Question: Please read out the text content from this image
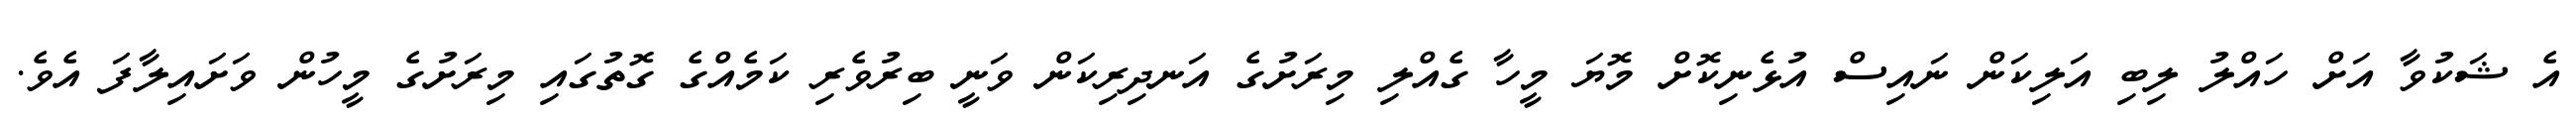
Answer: އެ ޝަކުވާ އަށް ހައްލު ލިބި އަލިކަން ނައިސް އުޅެނިކޮށް މޮޔަ މީހާ ގެއްލި މިރަށުގެ އަނދިރިކަން ވަނީ ބިރުވެރި ކަމެއްގެ ގޮތުގައި މިރަށުގެ މީހުން ވަށައިލާފަ އެވެ.